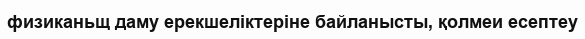
физиканьщ даму ерекшеліктеріне байланысты, қолмеи есептеу